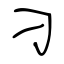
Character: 刁